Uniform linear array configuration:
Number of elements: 24
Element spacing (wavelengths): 0.75
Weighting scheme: cosine
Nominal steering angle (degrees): -30
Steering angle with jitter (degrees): -30.599
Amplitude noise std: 0.05
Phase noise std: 0.05

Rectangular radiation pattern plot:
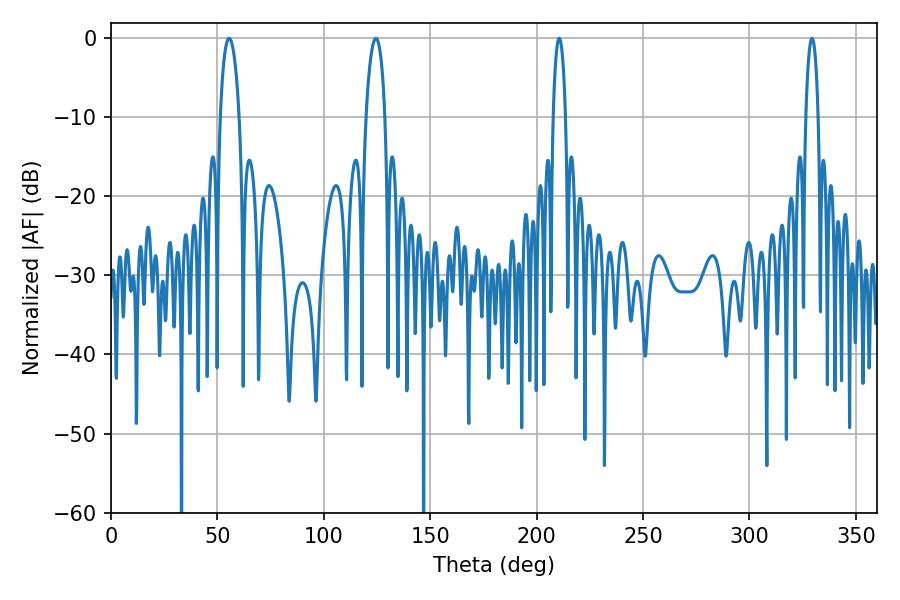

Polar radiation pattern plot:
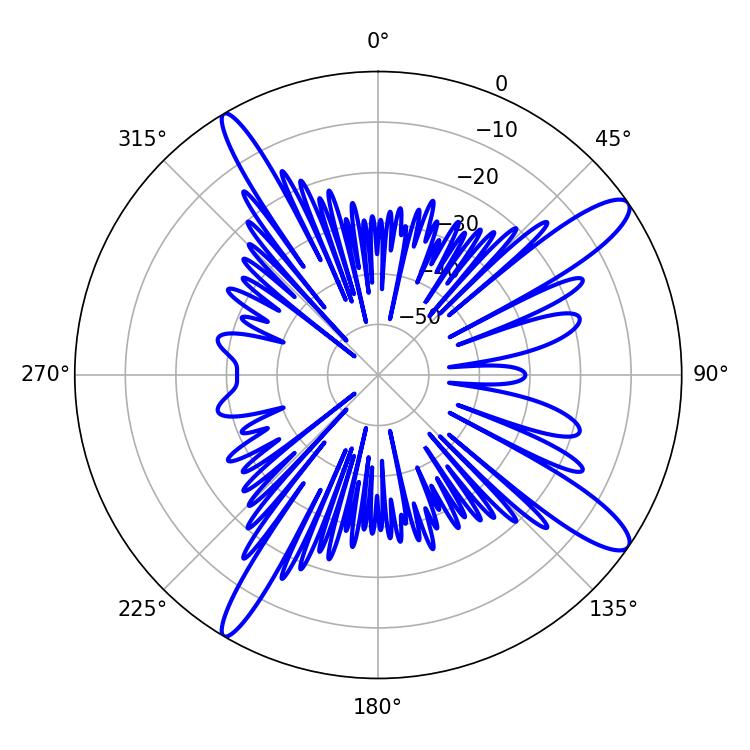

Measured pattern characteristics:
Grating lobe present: TRUE
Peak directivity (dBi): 13.154
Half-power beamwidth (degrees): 3.24
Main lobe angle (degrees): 210.6